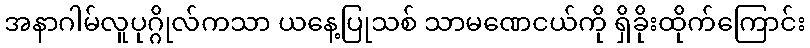
အနာဂါမ်လူပုဂ္ဂိုလ်ကသာ ယနေ့ပြုသစ် သာမဏေငယ်ကို ရှိခိုးထိုက်ကြောင်း